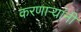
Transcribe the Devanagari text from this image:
करणार्‍यांनी